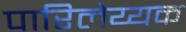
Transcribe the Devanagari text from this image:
पारिलेय्यक